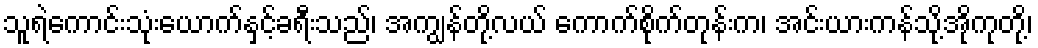
သူရဲကောင်းသုံးယောက်နှင့်ခရီးသည်၊ အကျွန်တို့လယ် ကောက်စိုက်တုန်းက၊ အင်းယားကန်သို့အိုကုတို့၊